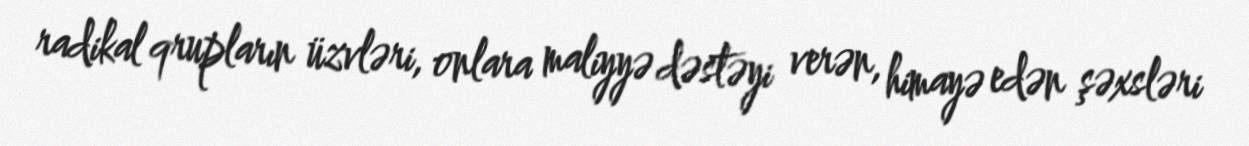
radikal qrupların üzvləri, onlara maliyyə dəstəyi verən, himayə edən şəxsləri